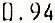
0.94